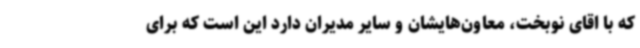
که با اقای نوبخت، معاون‌هایشان و سایر مدیران دارد این است که برای